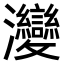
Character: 𤅶